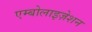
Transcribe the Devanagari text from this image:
एम्बोलाइज़ेशन